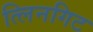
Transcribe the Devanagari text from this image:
त्लिनगिट